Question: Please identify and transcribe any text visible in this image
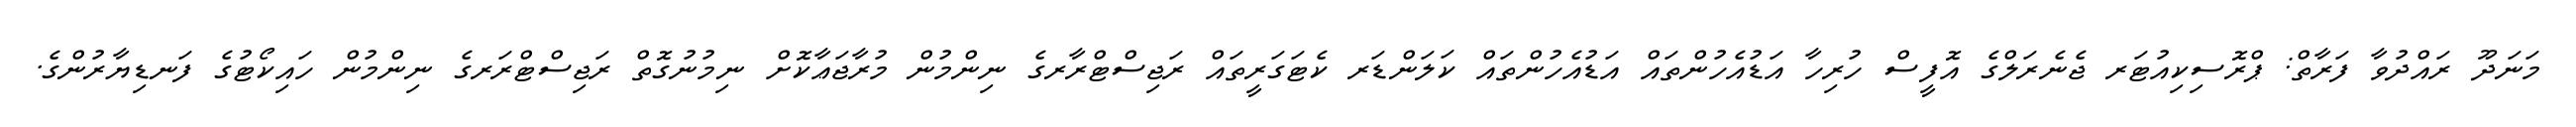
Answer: މަނަދޫ ރައްދުވާ ފަރާތް: ޕްރޮސިކިއުޓަރ ޖެނެރަލްގެ އޮފީސް ހުރިހާ އަޑުއެހުންތައް އަޑުއެހުންތައް ކަލަންޑަރ ކެޓަގަރީތައް ރަޖިސްޓްރާރގެ ނިންމުން މުރާޖަޢާކޮށް ނިމުނުގޮތް ރަޖިސްޓްރަރގެ ނިންމުން ހައިކޯޓުގެ ފަނޑިޔާރުންގެ.